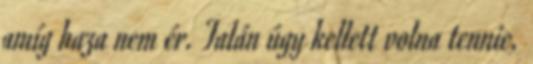
amíg haza nem ér. Talán úgy kellett volna tennie,